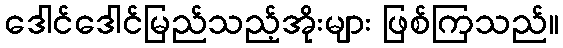
ဒေါင်ဒေါင်မြည်သည့်အိုးများ ဖြစ်ကြသည်။